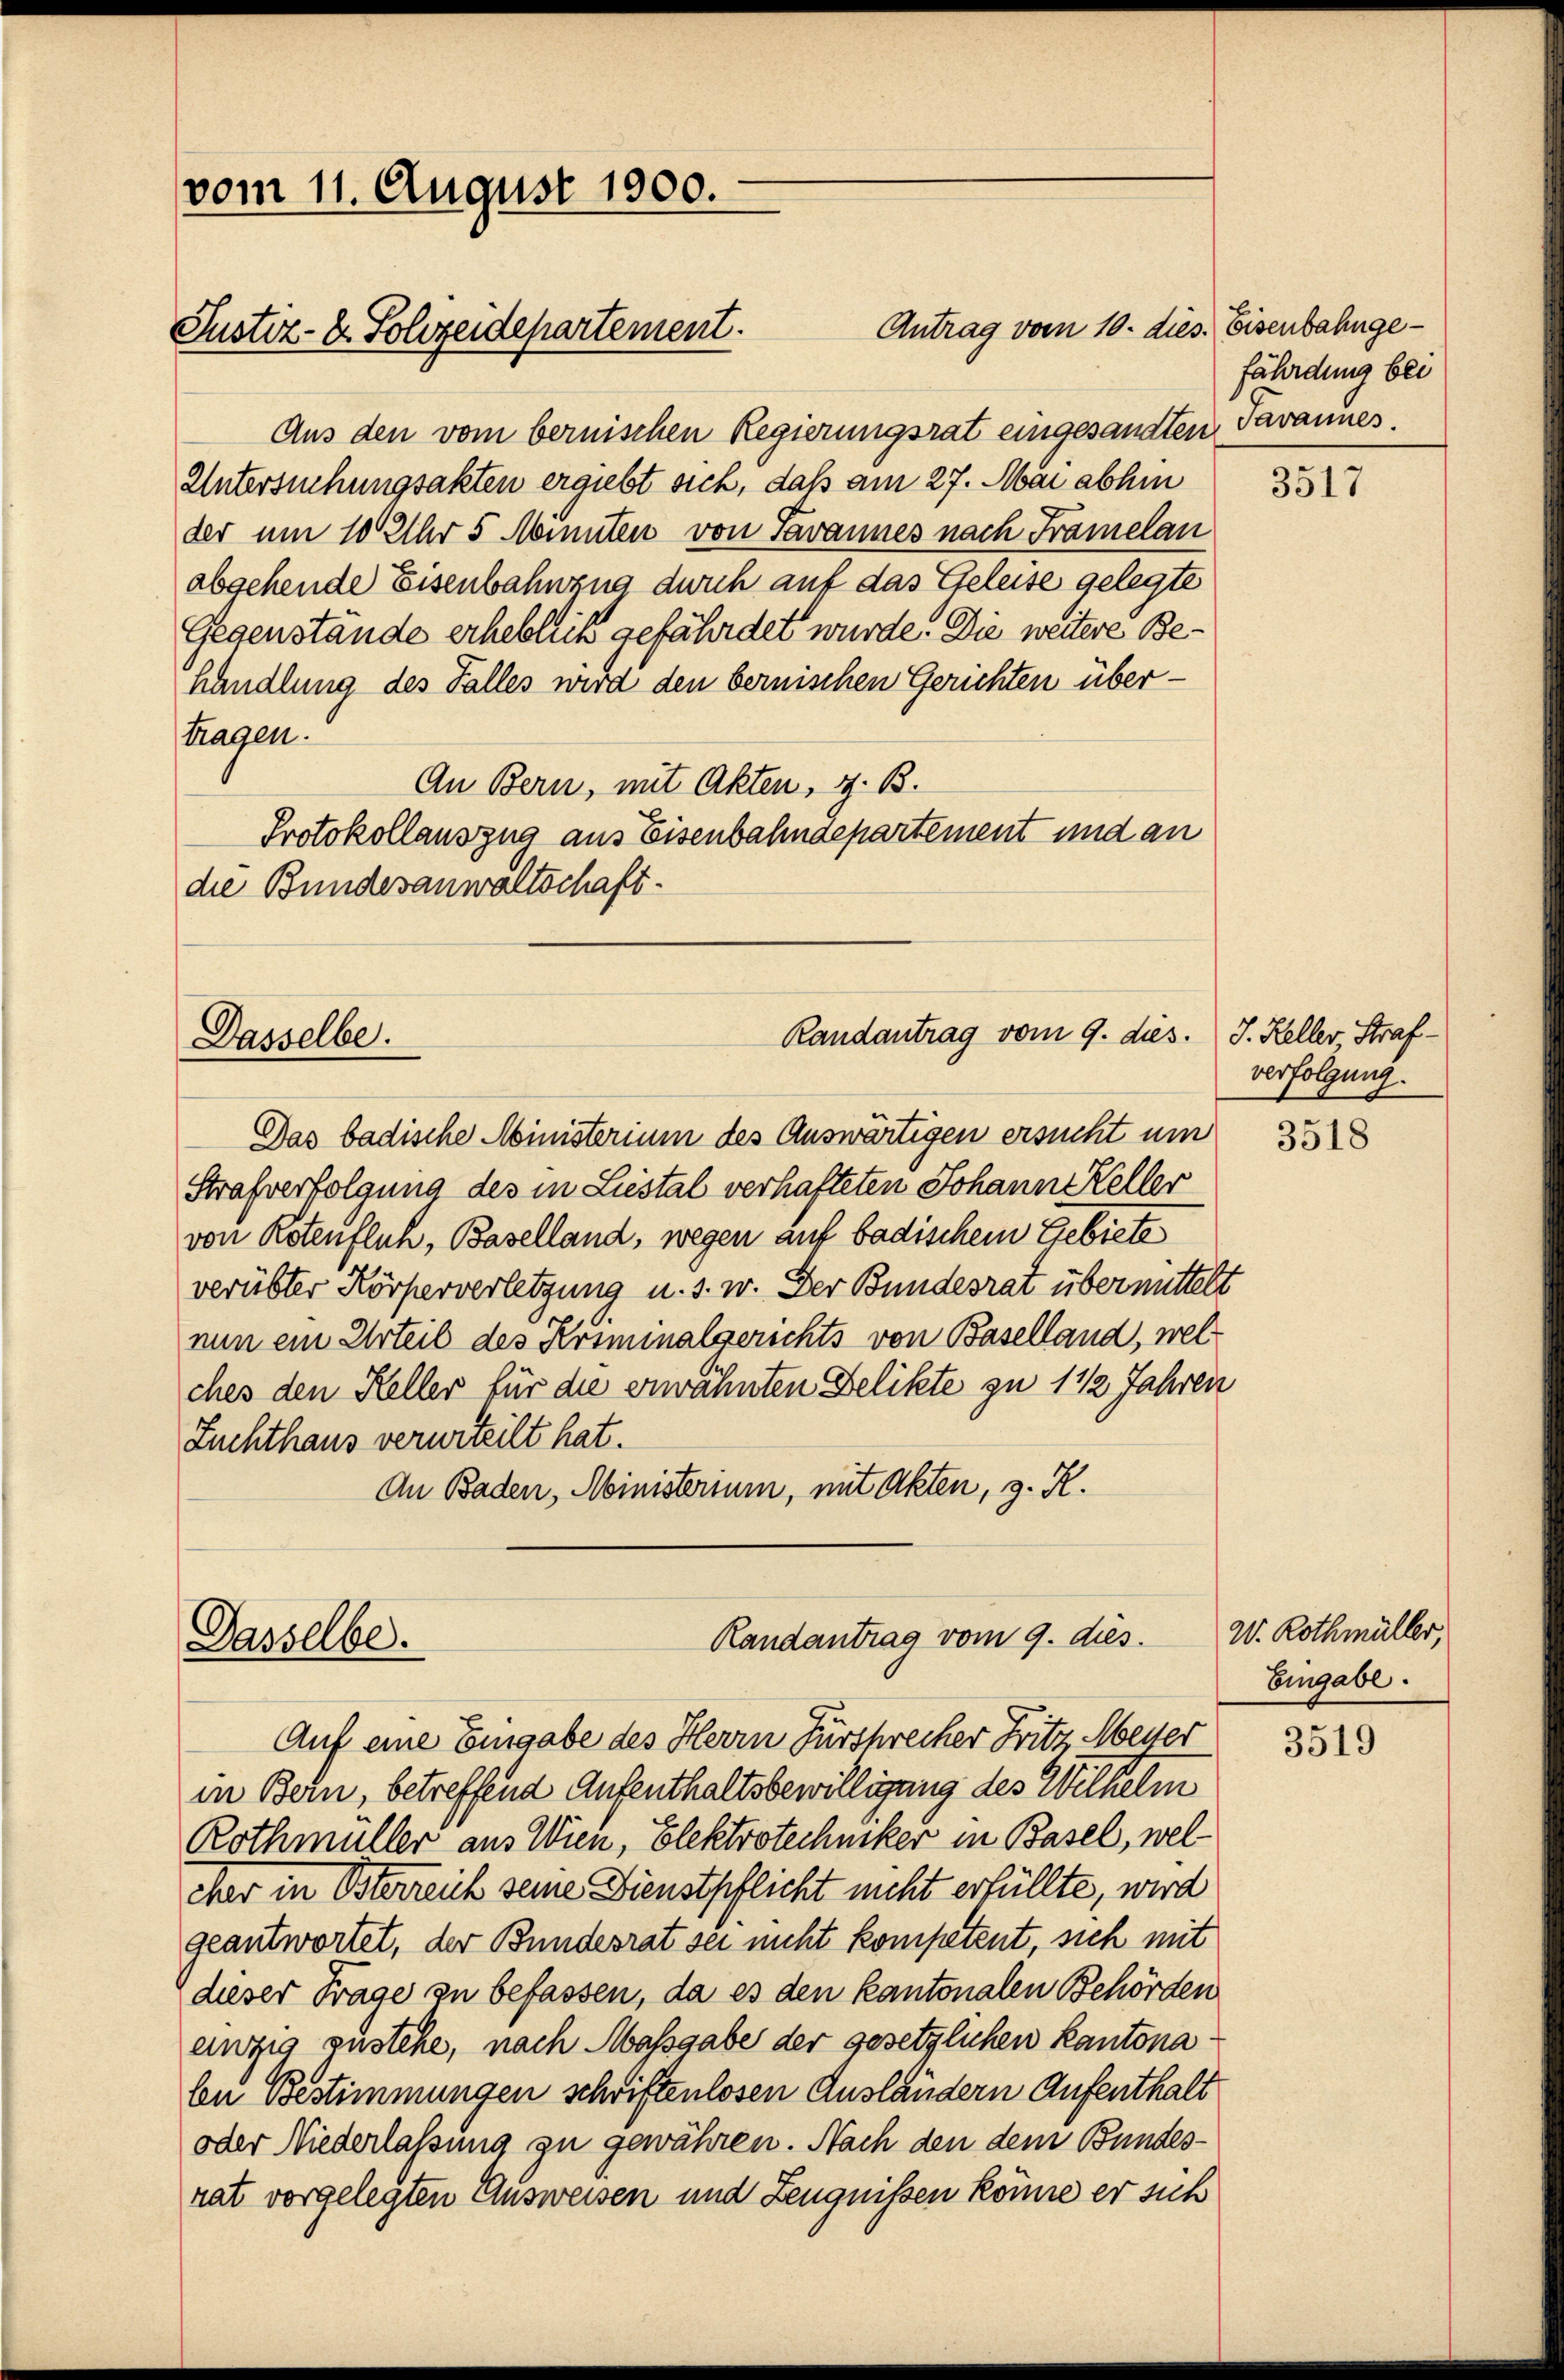
vom 11. August 1900.

Justiz- & Sohzeidepartement.

Aus den vom bernischen Regierungsrat eingesandten
Untersuchungsakten ergiebt sich, daß am 27. Mai abhin
der um 10 Uhr 5 Minuten von Savannes nach Framelan
abgehende Eisenbahnzug durch auf das Geleise gelegte
Gegenstände erheblich gefährdet wurde. Die weitere Behandlung des Falles wird den bernischen Gerichten über-
tragen.
An Bern, mit Akten, z. B.
Protokollauszua aus Eisenbahndepartement und an
die Bundesanwaltschaft.

Antrag vom 10. dies. Eisenbahnge¬

Randantrag vom 9. dies.
Dasselbe.

Das badische Ministerium des Auswärtigen ersucht um
Strafverfolgung des in Liestal verhafteten Johann Keller
von Rotenfluh, Baselland, wegen auf badischem Gebiete
verübter Körperverletzung u. s. w. Der Bundesrat übermittelt
nun ein Urteil des Kriminalgerichts von Baselland, welches den Keller für die erwähnten Delikte zu 1 1/2 Jahren
Zuchthaus verurteilt hat.
An Baden, Ministerium, mit Akten, z. R.

Randantrag vom 9. dies
Dasselbe.
Auf eine Eingabe des Herrn Fürschrecher Fritz Meyer

in Bern, betreffend Aufenthaltsbewilligung des Wilhelm
Rothmüller aus Wien, Elektrotechniker in Basel, welcar in Österreich seine Dienstpflicht nicht erfüllte, wird
geantwortet, der Bundesrat sei nicht kompetent, sich mit
dieser Frage zu befassen, da es den kantonalen Behörden
ewzig zustehe, nach Massgabe der gesetzlichen Kantona
ben Bestimmungen schriftenlosen Ausländern Aufenthalt
oder Niederlassung zu gewähren. Nach den dem Bundesrat vorgelegten Ausweisen und Zeugnissen könne er sich

fährdung bei
Javannes.

3517

J. Keller Straf-
verfolgung.

3518

W. Rothmüller,
Eingabe.

3519